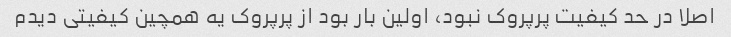
اصلا در حد کیفیت پرپروک نبود، اولین بار بود از پرپروک یه همچین کیفیتی دیدم